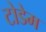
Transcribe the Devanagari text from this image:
टोडेम